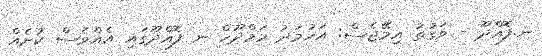
ނ.ފޮއްދޫ - ވަގުތު އިމޭޖެސް: އަހުމަދު މަމްދޫހް ނ ފޮއްދޫގައި އެއްވެސް ކުށެއް